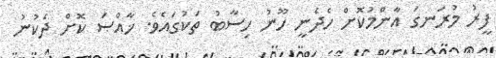
ފީރު މުރަނގަ އާންމުކޮށް ހެދެނީ ހޫނު ހިސާބު ތަކުގައެވެ. ޚާއްޞަ ކޮށް ދެކުނު